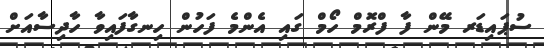
ސުޕައިޑަރ މޭން ފާ ފްރޮމް ހޯމް ގައި އެންމެ ފަހުން ހިނގާފައިވާ ހާދިސާއަށް